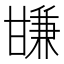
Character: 㽐